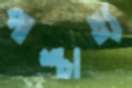
পাশ্চাত্য